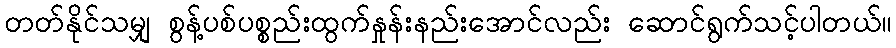
တတ်နိုင်သမျှ စွန့်ပစ်ပစ္စည်းထွက်နှုန်းနည်းအောင်လည်း ဆောင်ရွက်သင့်ပါတယ်။